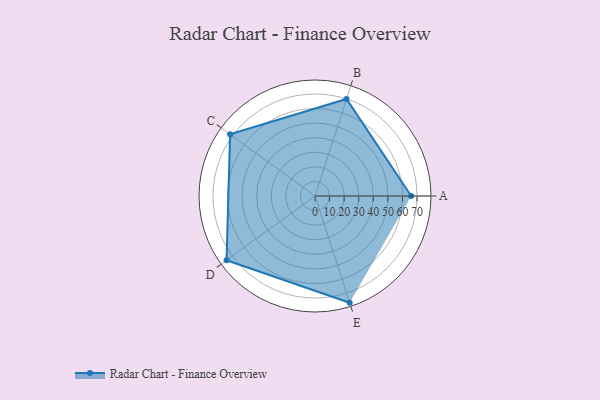
{"axis": {"x": "Skill", "y": "Score"}, "legend": ["Profile"], "data": [{"x": "A", "y": 66.0, "type": "Profile"}, {"x": "B", "y": 70.0, "type": "Profile"}, {"x": "C", "y": 72.0, "type": "Profile"}, {"x": "D", "y": 75.0, "type": "Profile"}, {"x": "E", "y": 77.0, "type": "Profile"}]}